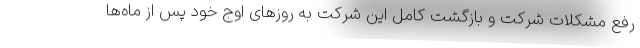
رفع مشکلات شرکت و بازگشت کامل این شرکت به روزهای اوج خود پس از ماه‌ها